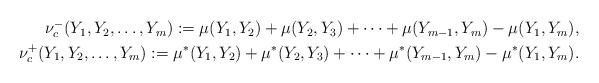
LaTeX: \begin{align*}\begin{aligned} \nu_c^-(Y_1,Y_2,\dots,Y_m):= \mu(Y_1,Y_2)+\mu(Y_2,Y_3)+\dots+\mu(Y_{m-1},Y_m)-\mu(Y_1,Y_m),\\ \nu_c^+(Y_1,Y_2,\dots,Y_m):= \mu^*(Y_1,Y_2)+\mu^*(Y_2,Y_3)+\dots+\mu^*(Y_{m-1},Y_m)-\mu^*(Y_1,Y_m).\end{aligned}\end{align*}